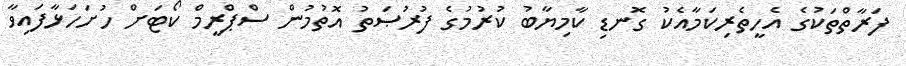
ފަރާތްތަކުގެ އެހީތެރިކަމާއެކު ގޮނޑި ކާމިޔާބު ކުރުމުގެ ފުރުޞަތު އޮތުމުން ސްޕްރީމް ކޯޓަށް ހުށަހަޅާފައިވާ